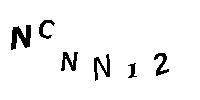
NCNN12